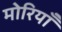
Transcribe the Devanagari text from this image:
मोरियाँ